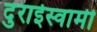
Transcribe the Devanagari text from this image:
दुराईस्वामी